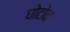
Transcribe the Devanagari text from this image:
घोटोक